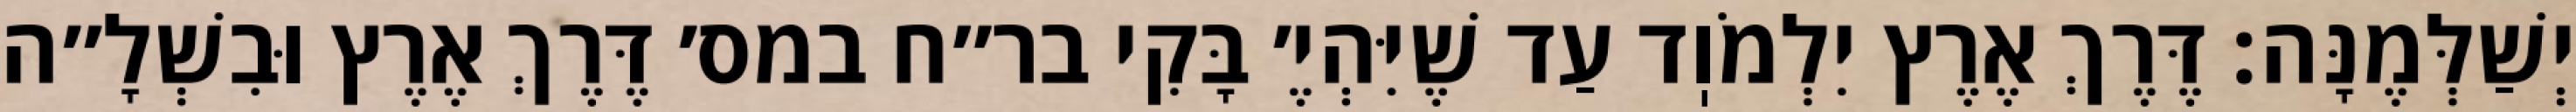
יְשַׁלְּמֶנָּה: דֶּרֶךְ אֶרֶץ יִלְמֹוֽד עַד שֶׁיִּהְיֶ׳ בָּקִי בר״ח במס׳ דֶּרֶךְ אֶרֶץ וּבִשְׁלָ״ה